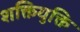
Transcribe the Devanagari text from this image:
शक्तियुक्ति